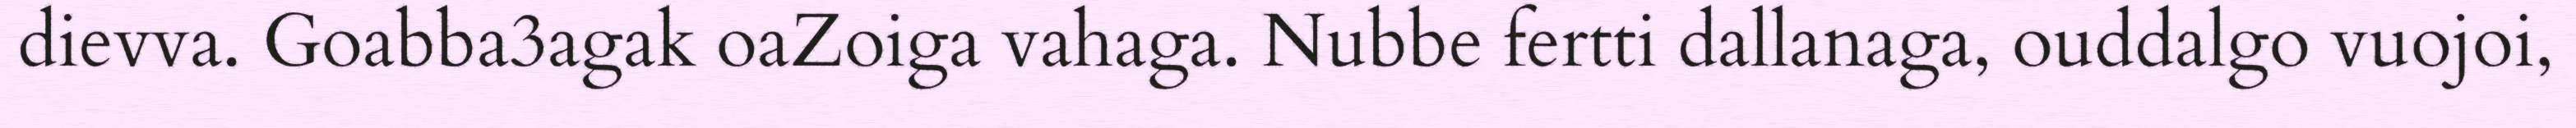
dievva. Goabba3agak oaZoiga vahaga. Nubbe fertti dallanaga, ouddalgo vuojoi,